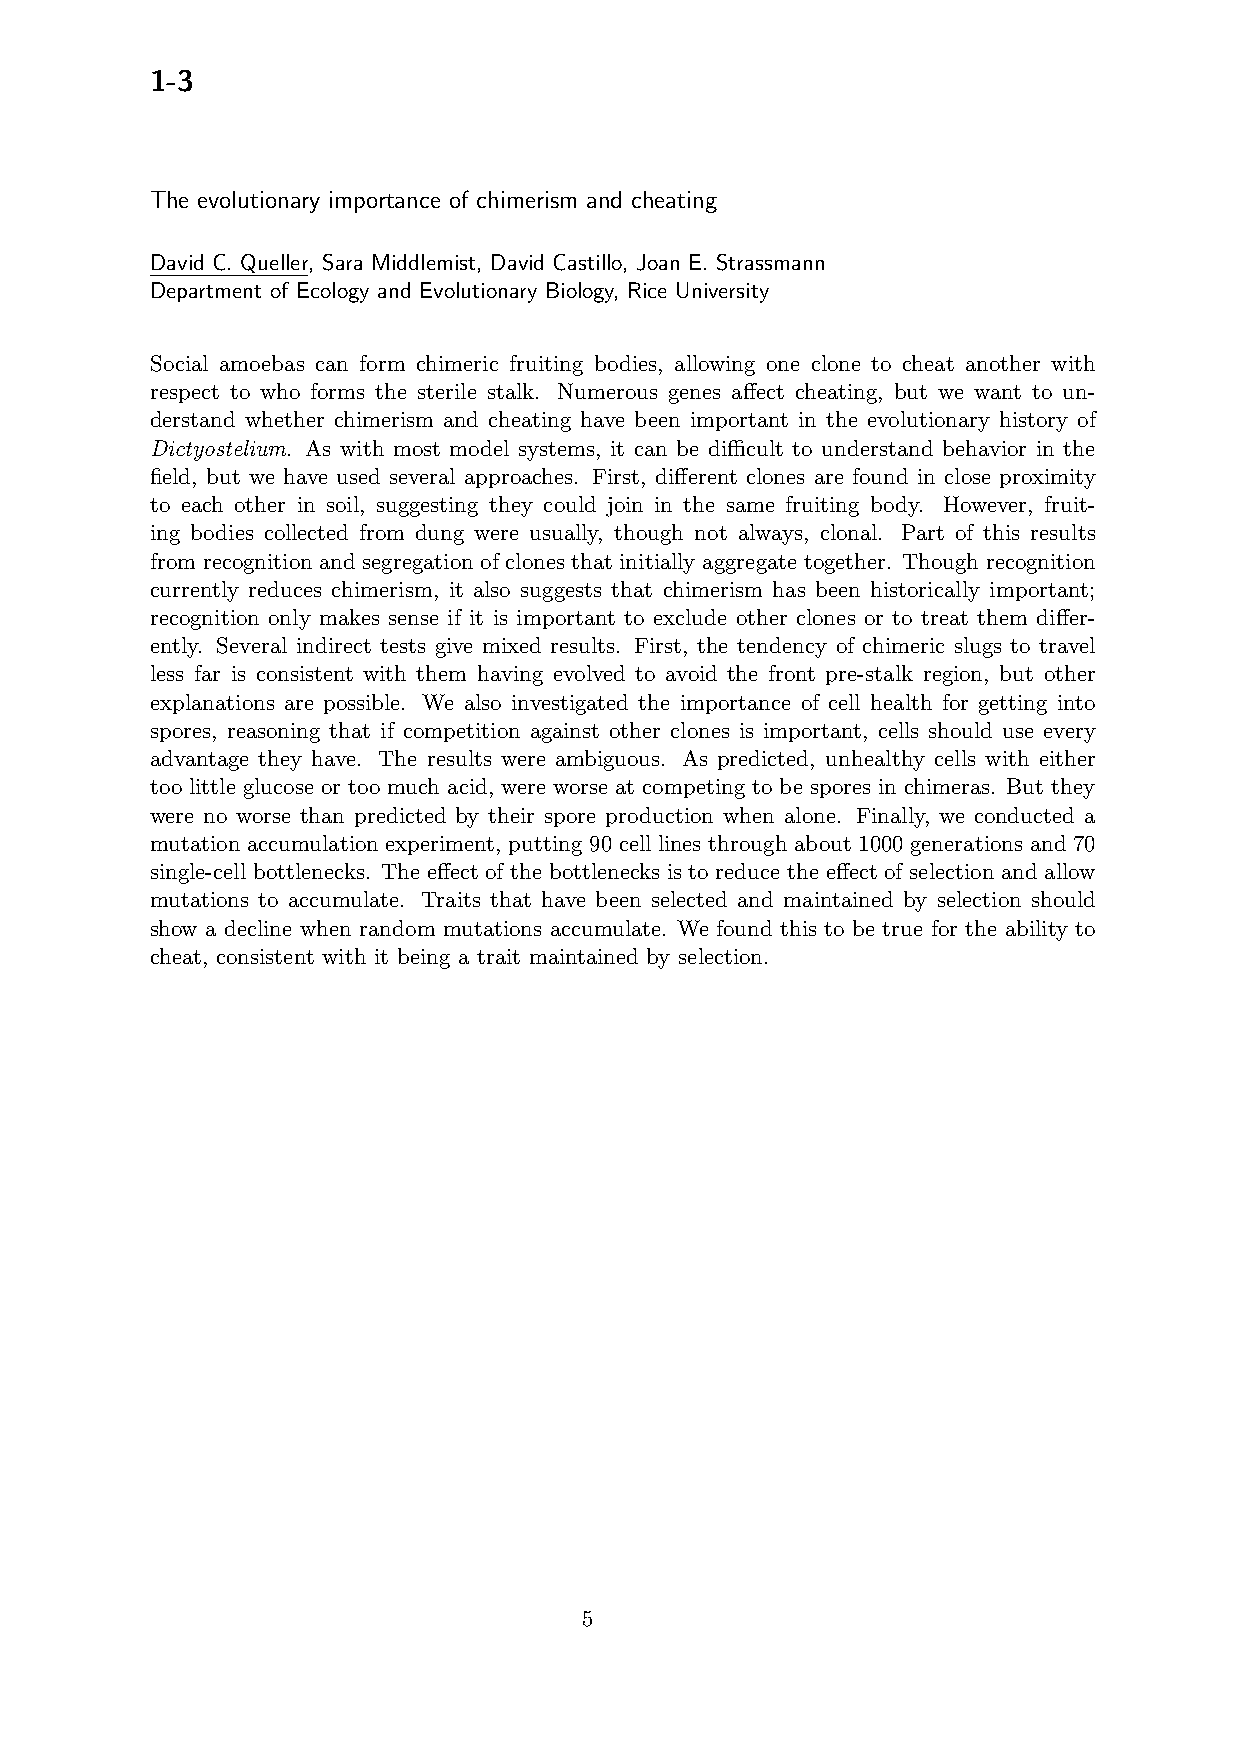
1-3
 The evolutionary importance of chimerism and cheating
 David C. Queller, Sara Middlemist, David Castillo, Joan E. Strassmann
 Department of Ecology and Evolutionary Biology, Rice University
 Social amoebas can form chimeric fruiting bodies, allowing one clone to cheat another with
 respect to who forms the sterile stalk. Numerous genes affect cheating, but we want to un-
 derstand whether chimerism and cheating have been important in the evolutionary history of
 Dictyostelium. As with most model systems, it can be difficult to understand behavior in the
 field, but we have used several approaches. First, different clones are found in close proximity
 to each other in soil, suggesting they could join in the same fruiting body. However, fruit-
 ing bodies collected from dung were usually, though not always, clonal. Part of this results
 from recognition and segregation of clones that initially aggregate together. Though recognition
 currently reduces chimerism, it also suggests that chimerism has been historically important;
 recognition only makes sense if it is important to exclude other clones or to treat them differ-
 ently. Several indirect tests give mixed results. First, the tendency of chimeric slugs to travel
 less far is consistent with them having evolved to avoid the front pre-stalk region, but other
 explanations are possible. We also investigated the importance of cell health for getting into
 spores, reasoning that if competition against other clones is important, cells should use every
 advantage they have. The results were ambiguous. As predicted, unhealthy cells with either
 too little glucose or too much acid, were worse at competing to be spores in chimeras. But they
 were no worse than predicted by their spore production when alone. Finally, we conducted a
 mutation accumulation experiment, putting 90 cell lines through about 1000 generations and 70
 single-cell bottlenecks. The effect of the bottlenecks is to reduce the effect of selection and allow
 mutations to accumulate. Traits that have been selected and maintained by selection should
 show a decline when random mutations accumulate. We found this to be true for the ability to
 cheat, consistent with it being a trait maintained by selection.
 5